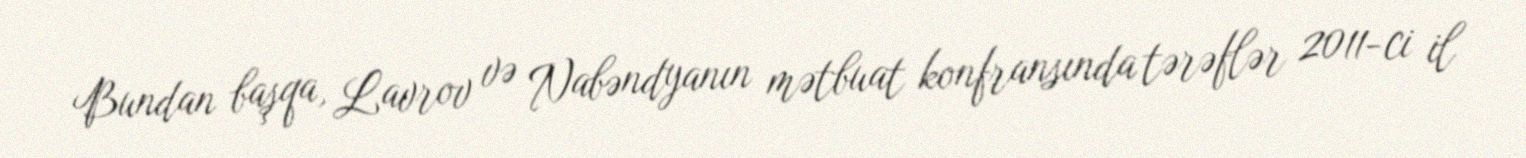
Bundan başqa, Lavrov və Nabəndyanın mətbuat konfransında tərəflər 2011-ci il